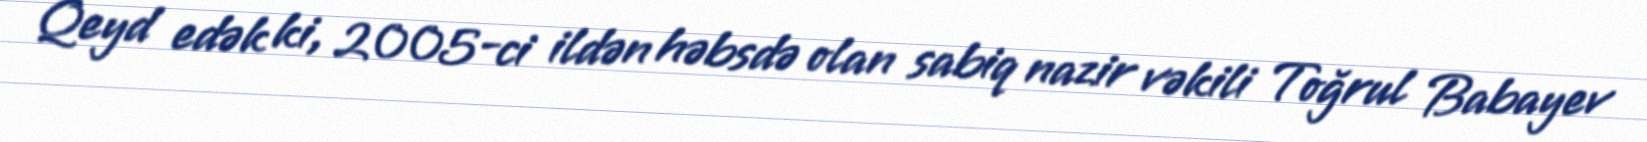
Qeyd edək ki, 2005-ci ildən həbsdə olan sabiq nazir vəkili Toğrul Babayev